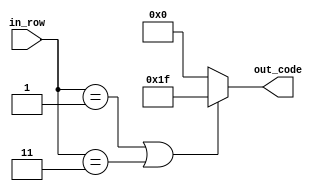
module bigual(
	 input [2:0] in_row,
    output reg [4:0] out_code
    );

parameter [4:0] d_1 = 5'b11111; // XXXXX


always @ *
begin
	if (in_row == 3'b001 || in_row == 3'b011)
		out_code = d_1;
	else
		out_code = 5'b0;
end

endmodule